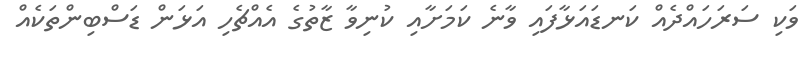
ވަކި ސަރަހައްދެއް ކަނޑައަޅާފައި ވާނެ ކަމަށާއި ކުނިވާ ޒާތުގެ އެއްޗެހި އަޅަން ޑަސްބިންތަކެެއް